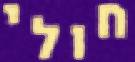
חולי